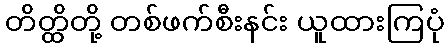
တိတ္ထိတို့ တစ်ဖက်စီးနင်း ယူထားကြပုံ